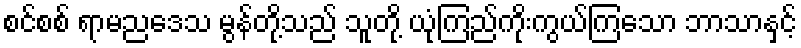
စင်စစ် ရာမညဒေသ မွန်တို့သည် သူတို့ ယုံကြည်ကိုးကွယ်ကြသော ဘာသာနှင့်